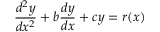
{ \frac { d ^ { 2 } y } { d x ^ { 2 } } } + b { \frac { d y } { d x } } + c y = r ( x ) \,